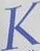
K